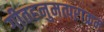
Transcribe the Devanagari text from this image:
गीतहनुमत्पराक्रम